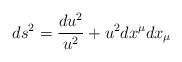
LaTeX: \begin{align*}ds^2 = {du^2 \over u^2} + u^2 dx^\mu dx_\mu\end{align*}